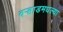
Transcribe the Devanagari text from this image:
वर्‍हाडमधल्या